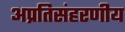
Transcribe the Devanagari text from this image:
अप्रतिसंहरणीय